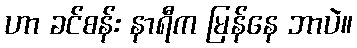
ဟာ ခင်စန်း နာရီက မြန်နေ ဘာပဲ။